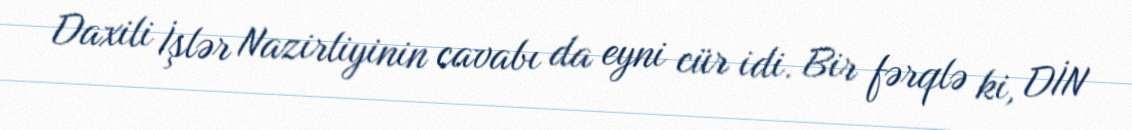
Daxili İşlər Nazirliyinin cavabı da eyni cür idi. Bir fərqlə ki, DİN